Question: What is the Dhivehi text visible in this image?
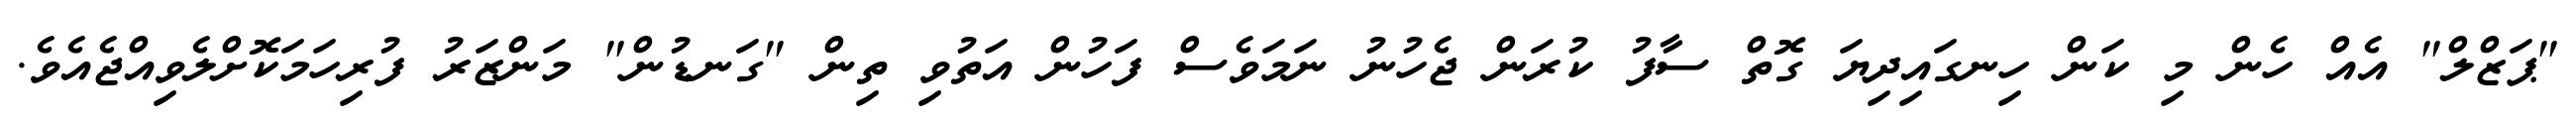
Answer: "ޕަޒްލް" އެއް ހެން މި ކަން ހިނގައިދިޔަ ގޮތް ސާފު ކުރަން ޖެހުނު ނަމަވެސް ފަހުން އަތުވި ތިން "ގަނޑުން" މަންޒަރު ފުރިހަމަކޮށްލެވިއްޖެއެވެ.